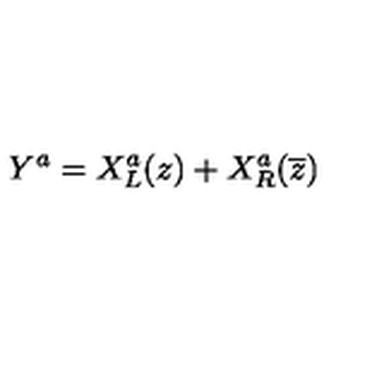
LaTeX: Y ^ { a } = X _ { L } ^ { a } ( z ) + X _ { R } ^ { a } ( \overline { { z } } )